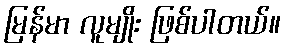
မြန်မာ လူမျိုး ဖြစ်ပါတယ်။